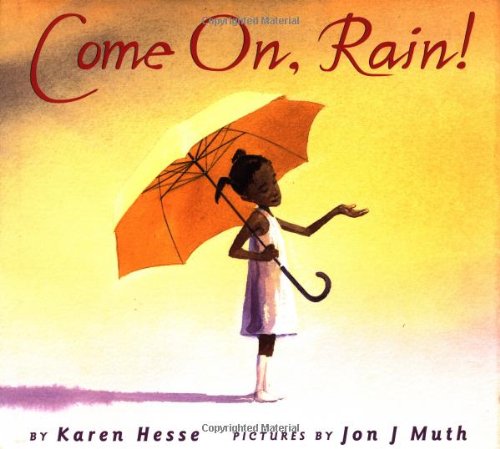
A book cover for Come On, Rain!; Karen Hesse; Children's Books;